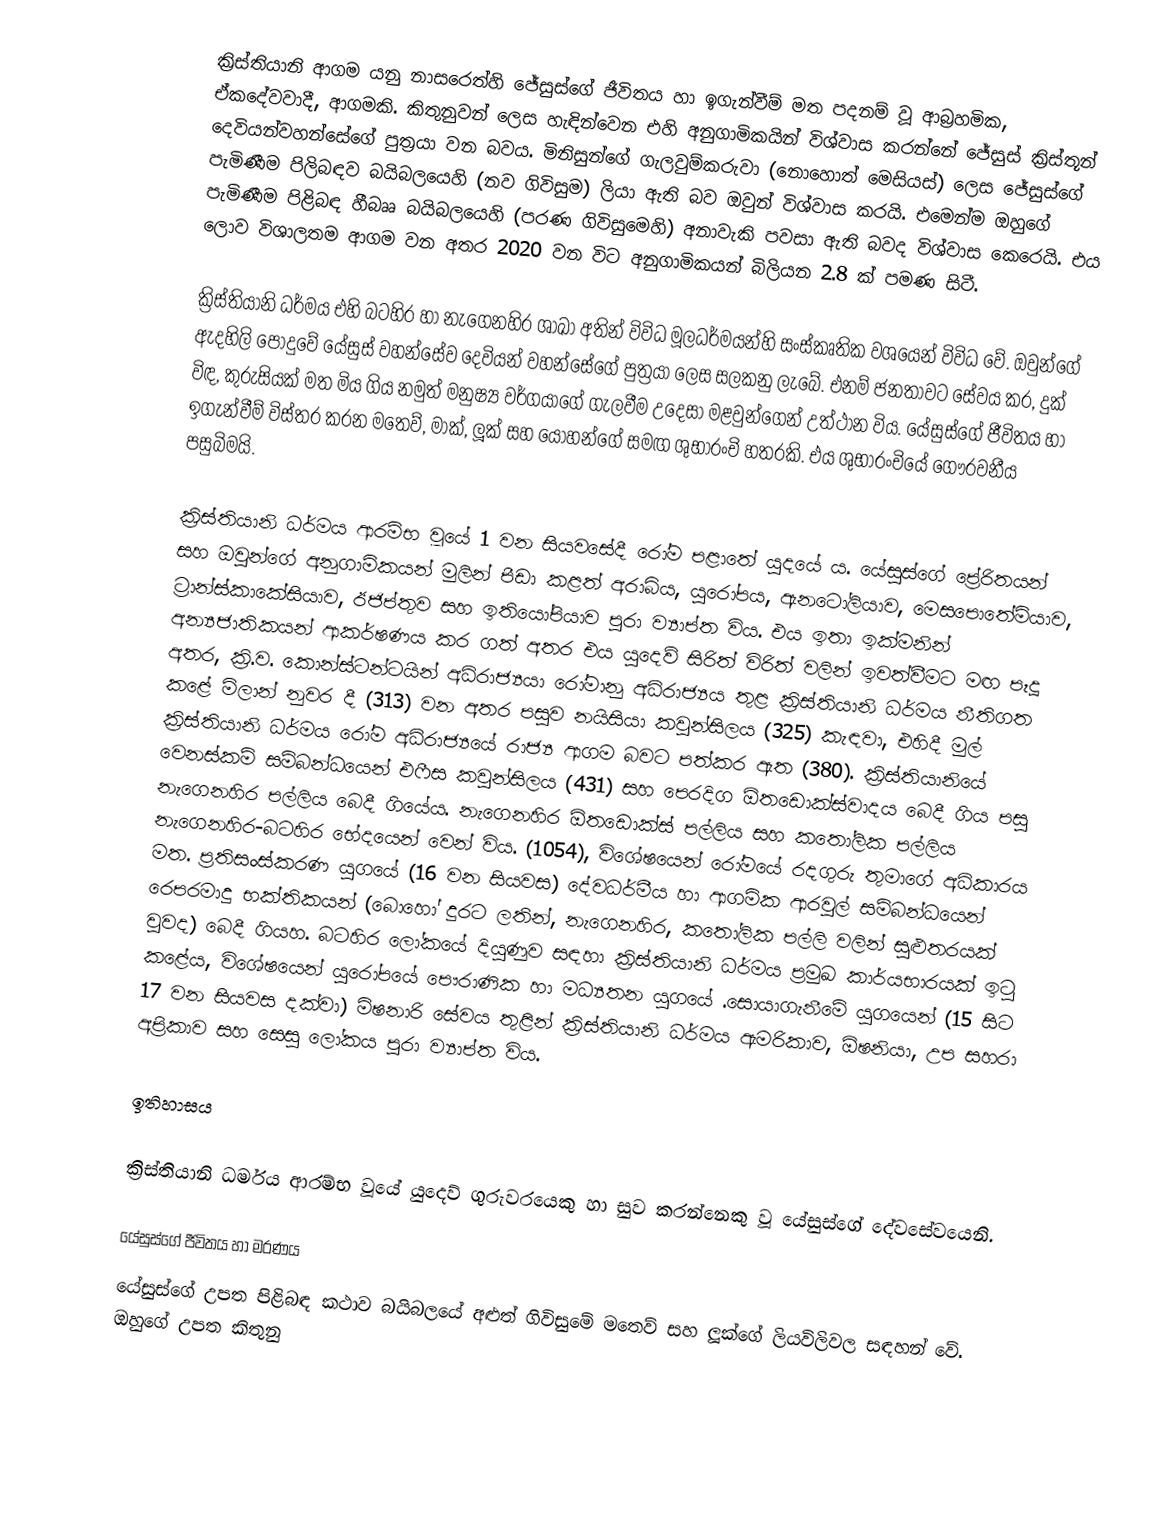
ක්‍රිස්තියානි ආගම යනු නාසරෙත්හි ජේසුස්ගේ ජීවිතය හා ඉගැන්වීම් මත පදනම් වූ ආබ්‍රහමික, ඒකදේවවාදී, ආගමකි. කිතුනුවන් ලෙස හැඳින්වෙන එහි අනුගාමිකයින් විශ්වාස කරන්නේ ජේසුස් ක්‍රිස්තූන් දෙවියන්වහන්සේගේ පුත්‍රයා වන බවය. මිනිසුන්ගේ ගැලවුම්කරුවා (නොහොත් මෙසියස්) ලෙස ජේසුස්ගේ පැමිණීම පිලිබඳව බයිබලයෙහි (නව ගිවිසුම) ලියා ඇති බව ඔවුන් විශ්වාස කරයි. එමෙන්ම ඔහුගේ පැමිණීම පිළිබඳ හීබෲ බයිබලයෙහි (පරණ ගිවිසුමෙහි) අනාවැකි පවසා ඇති බවද විශ්වාස කෙරෙයි. එය ලොව විශාලතම ආගම වන අතර 2020 වන විට අනුගාමිකයන් බිලියන 2.8 ක් පමණ සිටී.

ක්‍රිස්තියානි ධර්මය එහි බටහිර හා නැගෙනහිර ශාඛා අතින් විවිධ මූලධර්මයන්හි සංස්කෘතික වශයෙන් විවිධ වේ. ඔවුන්ගේ ඇදහිලි පොදුවේ යේසුස් වහන්සේව දෙවියන් වහන්සේගේ පුත්‍රයා ලෙස සලකනු ලැබේ. එනම් ජනතාවට සේවය කර, දුක් විඳ, කුරුසියක් මත මිය ගිය නමුත් මනුෂ්‍ය වර්ගයාගේ ගැලවීම උදෙසා මළවුන්ගෙන් උත්ථාන විය.  යේසුස්ගේ ජීවිතය හා ඉගැන්වීම් විස්තර කරන මතෙව්, මාක්, ලූක් සහ යොහන්ගේ සමඟ ශුභාරංචි හතරකි. එය ශුභාරංචියේ ගෞරවනීය පසුබිමයි.

ක්‍රිස්තියානි ධර්මය ආරම්භ  වූයේ 1 වන සියවසේදී රෝම පළාතේ යුදයේ ය. යේසුස්ගේ ප්‍රේරිතයන් සහ ඔවුන්ගේ අනුගාමිකයන් මුලින් පීඩා කළත් අරාබිය, යුරෝපය, ඇනටෝලියාව, මෙසපොතේමියාව, ට්‍රාන්ස්කාකේසියාව, ඊජිප්තුව සහ ඉතියෝපියාව පුරා ව්‍යාප්ත විය. එය ඉතා ඉක්මනින් අන්‍යජාතිකයන් ආකර්ෂණය කර ගත් අතර එය යුදෙව් සිරිත් විරිත් වලින් ඉවත්වීමට මඟ පෑදූ අතර, ක්‍රි.ව.  කොන්ස්ටන්ටයින් අධිරාජ්‍යයා රෝමානු අධිරාජ්‍යය තුළ ක්‍රිස්තියානි ධර්මය නීතිගත කළේ මිලාන් නුවර දී (313)  වන අතර පසුව නයිසියා කවුන්සිලය (325) කැඳවා, එහිදී මුල් ක්‍රිස්තියානි ධර්මය රෝම අධිරාජ්‍යයේ රාජ්‍ය ආගම  බවට පත්කර ඇත (380).  ක්‍රිස්තියානියේ වෙනස්කම් සම්බන්ධයෙන් එෆීස කවුන්සිලය (431) සහ පෙරදිග ඕතඩොක්ස්වාදය බෙදී ගිය පසු නැගෙනහිර පල්ලිය බෙදී ගියේය. නැගෙනහිර ඕතඩොක්ස් පල්ලිය සහ කතෝලික පල්ලිය නැගෙනහිර-බටහිර භේදයෙන් වෙන් විය.  (1054), විශේෂයෙන් රෝමයේ රදගුරු තුමාගේ අධිකාරය මත.  ප්‍රතිසංස්කරණ යුගයේ (16 වන සියවස) දේවධර්මීය හා ආගමික  ආරවුල් සම්බන්ධයෙන් රෙපරමාදු භක්තිකයන් (බොහෝ දුරට ලතින්, නැගෙනහිර, කතෝලික පල්ලි වලින් සුළුතරයක් වුවද) බෙදී ගියහ.  බටහිර ලෝකයේ  දියුණුව සඳහා ක්‍රිස්තියානි ධර්මය ප්‍රමුඛ කාර්යභාරයක් ඉටු කළේය, විශේෂයෙන් යුරෝපයේ පෞරාණික හා මධ්‍යතන යුගයේ .සොයාගැනීමේ යුගයෙන් (15 සිට 17 වන සියවස දක්වා) මිෂනාරි සේවය තුළින් ක්‍රිස්තියානි ධර්මය ඇමරිකාව, ඕෂනියා, උප සහරා අප්‍රිකාව සහ සෙසු ලෝකය පුරා ව්‍යාප්ත විය.

ඉතිහාසය

ක්‍රිස්තියානි ධර්මය ආරම්භ වූයේ යුදෙව් ගුරුවරයෙකු හා සුව කරන්නෙකු වූ යේසුස්ගේ දේවසේවයෙනි.

යේසුස්ගේ ජීවිතය හා මරණය
යේසුස්ගේ උපත පිළිබඳ කථාව බයිබලයේ අළුත් ගිවිසුමේ මතෙව් සහ ලූක්ගේ ලියවිලිවල සඳහන් වේ. ඔහුගේ උපත කිතුනු